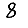
Digit: 8